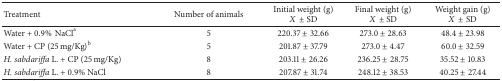
<table><thead><tr><td><b>Treatment</b></td><td><b>Number of animals</b></td><td><b>Initial weight (g) <i>X</i>± SD</b></td><td><b>Final weight (g) <i>X</i>± SD</b></td><td><b>Weight gain (g) <i>X</i>± SD</b></td></tr></thead><tbody><tr><td>Water + 0.9%NaCl<sup>a</sup></td><td>5</td><td>220.37 ± 32.66</td><td>273.0 ± 28.63</td><td>48.4 ± 23.98</td></tr><tr><td>Water + CP (25 mg/Kg)<sup>b</sup></td><td>5</td><td>201.87 ± 37.79</td><td>273.0 ± 4.47</td><td>60.0 ± 32.59</td></tr><tr><td><i>H. sabdariffa</i> L. + CP (25 mg/Kg)</td><td>8</td><td>203.11 ± 26.26</td><td>236.25 ± 28.75</td><td>35.52 ± 10.83</td></tr><tr><td><i>H. sabdariffa</i> L. + 0.9% NaCl</td><td>8</td><td>207.87 ± 31.74</td><td>248.12 ± 38.53</td><td>40.25 ± 27.44</td></tr></tbody></table>